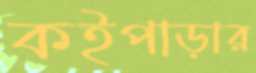
কইপাড়ার